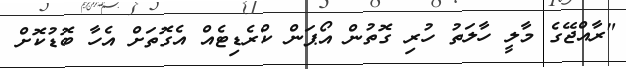
"ރާއްޖޭގެ މާލީ ހާލަތު ހުރި ގޮތުން އޯޕަން ކްރެޑިޓެއް އެގޮތަށް އެހާ ބޮޑުކޮށް